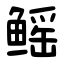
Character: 鳐